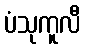
ပံသုကူလီ